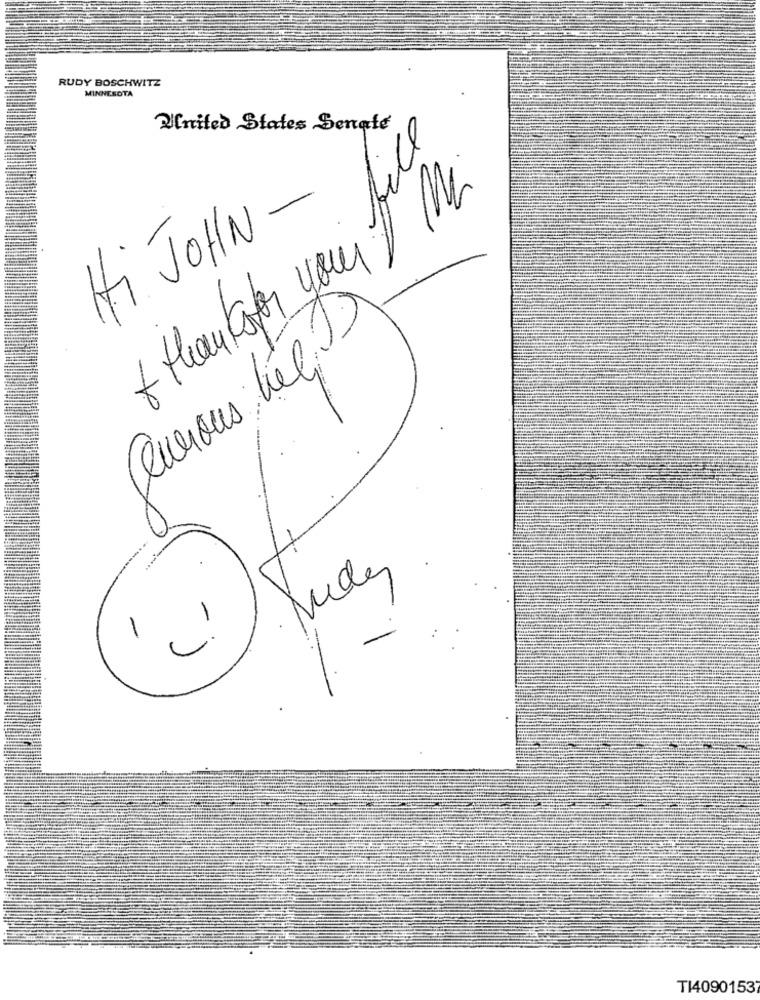
RUDY BOSCHWITZ
MINNESOTA
United States Senate
Hi JOHN -
thanksfor your
Quevous tée)
1
TI40901537